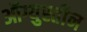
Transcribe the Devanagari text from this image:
ऑग्युस्तीन